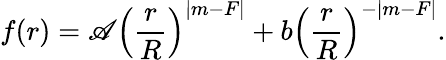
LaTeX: f(r)=\mathscr{A}\left(\frac{{r}}{{R}}\right)^{|m-F|}+b\left(\frac{{r}}{{R}}\right)^{-|m-F|}.